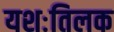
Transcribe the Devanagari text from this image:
यशःतिलक